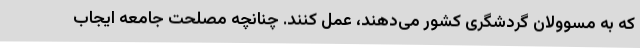
که به مسوولان گردشگری کشور می‌دهند، عمل کنند. چنانچه مصلحت جامعه ایجاب